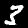
Label: 3